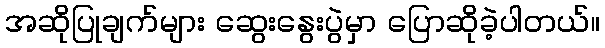
အဆိုပြုချက်များ ဆွေးနွေးပွဲမှာ ပြောဆိုခဲ့ပါတယ်။